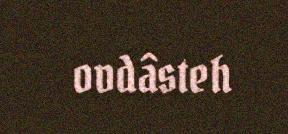
ovdâsteh